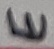
Text: E